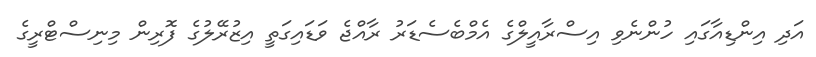
އަދި އިންޑިއާގައި ހުންނެވި އިސްރާއީލްގެ އެމްބެސެޑަރު ރާއްޖެ ވަޑައިގަތީ އިޒުރޭލުގެ ފޮރިން މިނިސްޓްރީގެ